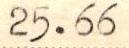
25.66